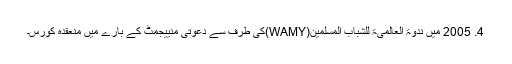
4. 2005 میں ندوۃ العالمیۃ للشباب المسلمین(WAMY)کی طرف سے دعوتی منییجمٹ کے بارے میں منعقدہ کورس۔